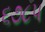
૬૭૮૫